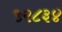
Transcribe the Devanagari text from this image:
५२८३४